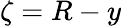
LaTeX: \zeta=R-y